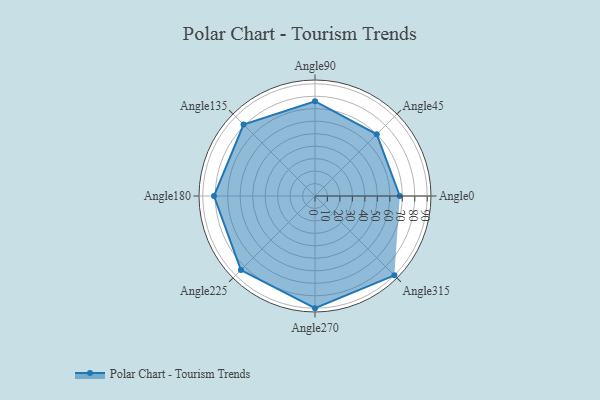
{"axis": {"x": "Angle", "y": "Radius"}, "legend": [""], "data": [{"x": "Angle0", "y": 68.0, "type": ""}, {"x": "Angle45", "y": 70.0, "type": ""}, {"x": "Angle90", "y": 76.0, "type": ""}, {"x": "Angle135", "y": 81.0, "type": ""}, {"x": "Angle180", "y": 81.0, "type": ""}, {"x": "Angle225", "y": 84.0, "type": ""}, {"x": "Angle270", "y": 90.0, "type": ""}, {"x": "Angle315", "y": 90.0, "type": ""}]}